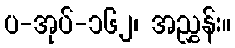
ပ-အုပ်-၁၆၂၊ အညွှန်း။